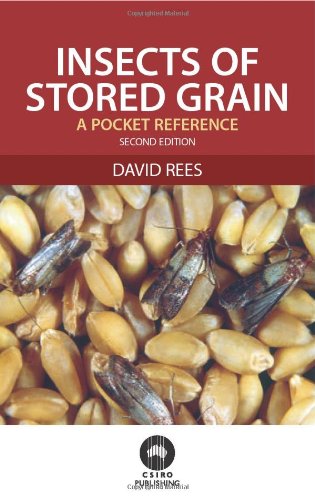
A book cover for Insects of Stored Grain: A Pocket Reference; David Rees; Science & Math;